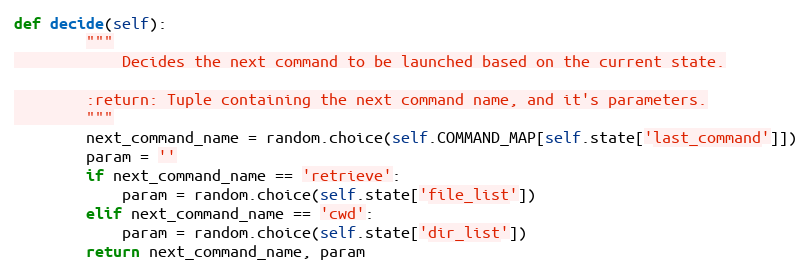
Language: Python
def decide(self):
        """
            Decides the next command to be launched based on the current state.

        :return: Tuple containing the next command name, and it's parameters.
        """
        next_command_name = random.choice(self.COMMAND_MAP[self.state['last_command']])
        param = ''
        if next_command_name == 'retrieve':
            param = random.choice(self.state['file_list'])
        elif next_command_name == 'cwd':
            param = random.choice(self.state['dir_list'])
        return next_command_name, param